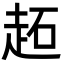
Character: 䞠